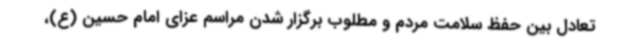
تعادل بین حفظ سلامت مردم و مطلوب برگزار شدن مراسم عزای امام حسین (ع)،